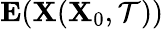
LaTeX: \mathbf{E}(\mathbf{X}(\mathbf{X}_{0},\mathcal{T}))